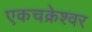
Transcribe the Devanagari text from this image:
एकचक्रेश्वर